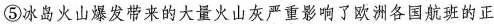
⑤冰岛火山爆发带来的大量火山灰严重影响了欧洲各国航班的正